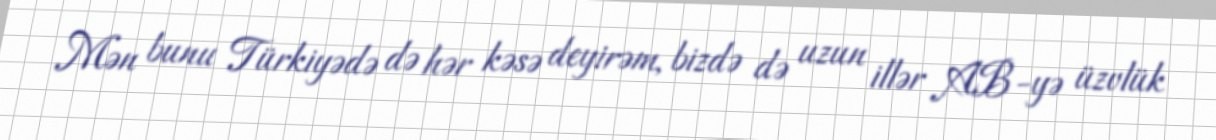
Mən bunu Türkiyədə də hər kəsə deyirəm, bizdə də uzun illər AB-yə üzvlük